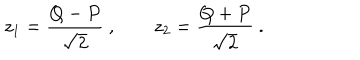
LaTeX: z _ { 1 } = \frac { Q - P } { \sqrt { 2 } } \ , \qquad z _ { 2 } = \frac { Q + P } { \sqrt { 2 } } \ .